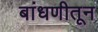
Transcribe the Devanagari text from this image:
बांधणीतून